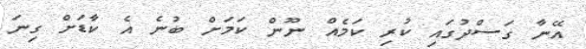
އޭނާ ގަސްދުގައި ކުރި ކަމެއް ނޫން ކަމަށް ބުނެ އެ ކާޑަށް ގިނަ